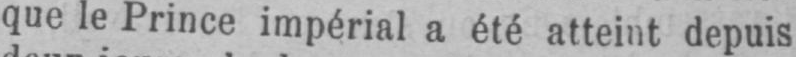
que le Prince impérial a été atteint depuis